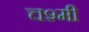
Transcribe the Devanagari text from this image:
चश्मी